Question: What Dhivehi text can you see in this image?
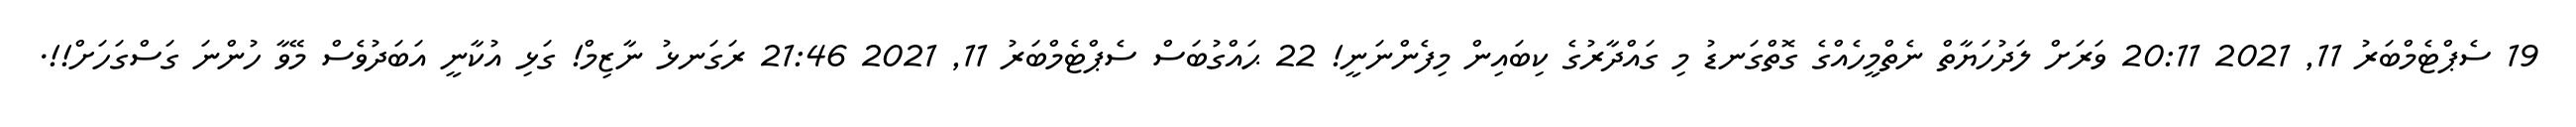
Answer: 19 ސެޕްޓެމްބަރު 11, 2021 20:11 ވަރަށް ލަދުހަޔާތް ނެތްމީހެއްގެ ގޮތްގަނޑު މި ގައްދާރުގެ ކިބައިން މިފެންނަނީ! 22 ޙައްގުބަސް ސެޕްޓެމްބަރު 11, 2021 21:46 ރަގަނޅު ނާޒިމް! ގަޅި އުކާނީ އަބަދުވެސް މޭވާ ހުންނަ ގަސްގަހަށް!!.